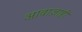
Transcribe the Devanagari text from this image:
आवाज़ाही